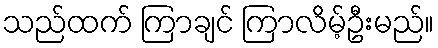
သည်ထက် ကြာချင် ကြာလိမ့်ဦးမည်။